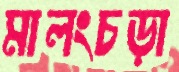
মালংচড়া